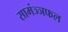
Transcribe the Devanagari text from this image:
सामंञ्ञफल